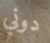
دوني